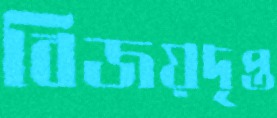
বিজয়দৃপ্ত